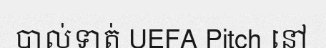
បាល់ទាត់ UEFA Pitch នៅ